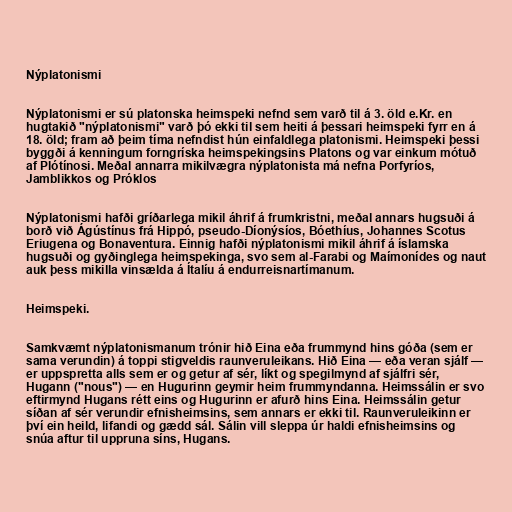
Nýplatonismi

Nýplatonismi er sú platonska heimspeki nefnd sem varð til á 3. öld e.Kr. en
hugtakið "nýplatonismi" varð þó ekki til sem heiti á þessari heimspeki fyrr en á
18. öld; fram að þeim tíma nefndist hún einfaldlega platonismi. Heimspeki þessi
byggði á kenningum forngríska heimspekingsins Platons og var einkum mótuð
af Plótínosi. Meðal annarra mikilvægra nýplatonista má nefna Porfyríos,
Jamblikkos og Próklos

Nýplatonismi hafði gríðarlega mikil áhrif á frumkristni, meðal annars hugsuði á
borð við Ágústínus frá Hippó, pseudo-Díonýsíos, Bóethíus, Johannes Scotus
Eriugena og Bonaventura. Einnig hafði nýplatonismi mikil áhrif á íslamska
hugsuði og gyðinglega heimspekinga, svo sem al-Farabi og Maímonídes og naut
auk þess mikilla vinsælda á Ítalíu á endurreisnartímanum.

Heimspeki.

Samkvæmt nýplatonismanum trónir hið Eina eða frummynd hins góða (sem er
sama verundin) á toppi stigveldis raunveruleikans. Hið Eina — eða veran sjálf —
er uppspretta alls sem er og getur af sér, líkt og spegilmynd af sjálfri sér,
Hugann ("nous") — en Hugurinn geymir heim frummyndanna. Heimssálin er svo
eftirmynd Hugans rétt eins og Hugurinn er afurð hins Eina. Heimssálin getur
síðan af sér verundir efnisheimsins, sem annars er ekki til. Raunveruleikinn er
því ein heild, lifandi og gædd sál. Sálin vill sleppa úr haldi efnisheimsins og
snúa aftur til uppruna síns, Hugans.